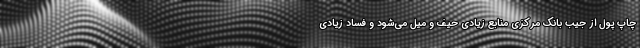
چاپ پول از جیب بانک مرکزی منابع زیادی حیف و میل می‌شود و فساد زیادی